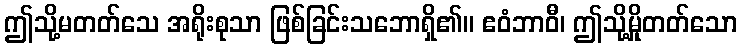
ဤသို့မတတ်သေ အရိုးစုသာ ဖြစ်ခြင်းသဘောရှိ၏။ ဧဝံဘာဝီ၊ ဤသို့မှိုတတ်သော